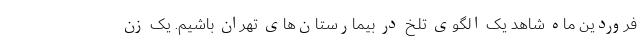
فروردین ماه شاهد یک الگوی تلخ در بیمارستان‌های تهران باشیم. یک زن